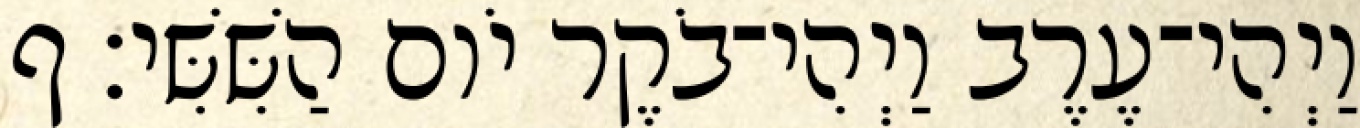
וַיְהִי־עֶרֶב וַיְהִי־בֹקֶר יֹום הַשִּׁשִּׁי׃ ף